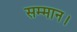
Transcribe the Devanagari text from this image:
सम्‍मान।